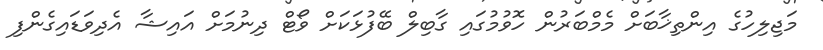
މަޖިލިހުގެ އިންތިޚާބަށް މެމްބަރުން ހޮވުމުގައި ގާބިލް ބޭފުޅަކަށް ވޯޓް ދިނުމަށް އައިޝާ އެދިވަޑައިގެންފި